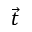
\vec { t }